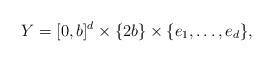
LaTeX: \begin{align*}Y=[0,b]^{d} \times \{2b \} \times \{ e_{1},\ldots,e_{d} \},\end{align*}